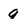
Character: g